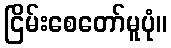
ငြိမ်းစေတော်မူပုံ။